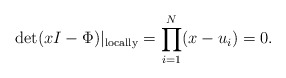
\begin{align*}\det (x I - \Phi)|_{{\rm locally}}=\prod_{i=1}^N (x-u_i)=0.\end{align*}